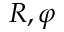
R , \varphi